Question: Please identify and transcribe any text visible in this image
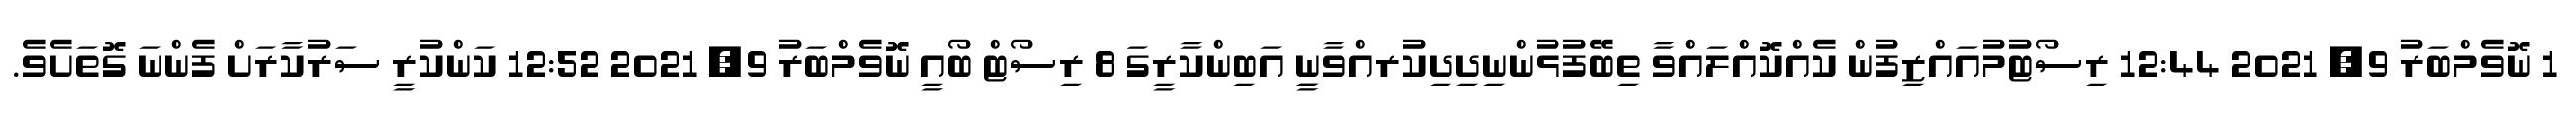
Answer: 1 ނޮވެމްބަރު 9, 2021 12:44 ރިސޯޓުމުއައްޒިފުން ކެއްކޮއްލައްވާ ތިބޭފުޅުންނިދިދިކުރއްވާނިީ އަބިންކާރީގަ 8 ރިސޯޓް ބޯއީ ނޮވެމްބަރު 9, 2021 12:52 ކަންކުރީ ސަރުކާރަށް ފެންނަ ގޮތަށެވެ.